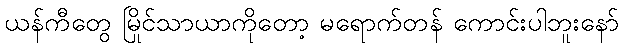
ယန်ကီတွေ မြိုင်သာယာကိုတော့ မရောက်တန် ကောင်းပါဘူးနော်